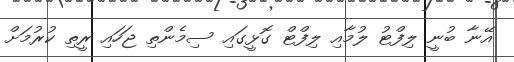
އޭނާ ބުނީ ލިފްޓު ލުމާއި ލިފްޓް ގޮޅީގައި ސިމެންތި ޖަހައި ރީތި ކުރުމަށް